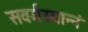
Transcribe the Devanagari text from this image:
सवर्मस्यान्नं